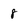
Character: 8